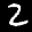
Label: 2